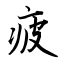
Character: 疲